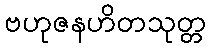
ဗဟုဇနဟိတသုတ္တ